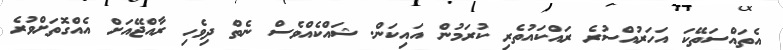
އެތައްސަތޭކަ އަހަރުއްސުރެ ރައްކައުތެރި ކުރަމުން އައިކަން. ޝައްކެއްވެސް ނެތް ދިވެހި ރާއްޖޭއަށް އެއްގޮތަށްވުރެ